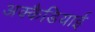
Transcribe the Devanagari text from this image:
अक्कैडियाई